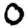
Digit: 0